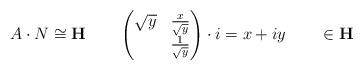
LaTeX: \begin{align*}A\cdot N\cong\mathbf{H}\qquad\begin{pmatrix}\sqrt{y} & \frac{x}{\sqrt{y}}\\& \frac{1}{\sqrt{y}}\end{pmatrix}\cdot i=x+iy\qquad\in\mathbf{H} \end{align*}